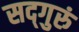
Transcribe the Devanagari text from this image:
सद्‌गुरुं